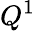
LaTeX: Q^{1}